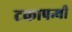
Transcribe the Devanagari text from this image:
टकापन्थी